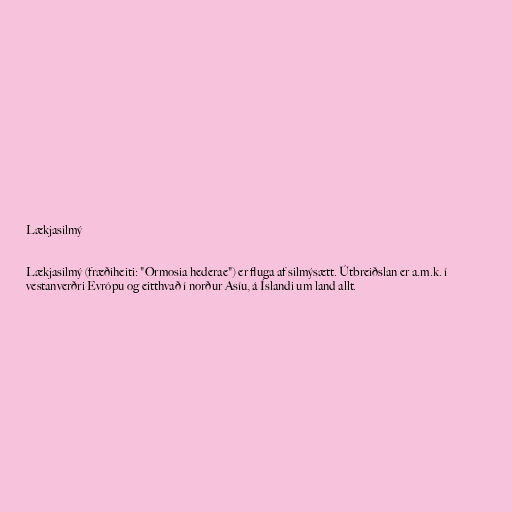
Lækjasilmý

Lækjasilmý (fræðiheiti: "Ormosia hederae") er fluga af silmýsætt. Útbreiðslan er a.m.k. í
vestanverðri Evrópu og eitthvað í norður Asíu, á Íslandi um land allt.